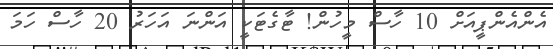
އެންއެންޕީއަށް 10 ހާސް މީހުން! ޓާގެޓަކީ އަންނަ އަހަރު 20 ހާސް ހަމަ